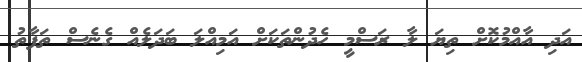
އަދި އާއްމުކޮށް ތިޔަ ލާ ރަސްމީ ހެދުންތަކަށް އަމިއްލަ ބަދަލެއް ގެނެސް ތަފާތު